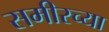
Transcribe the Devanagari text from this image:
समीरच्या